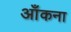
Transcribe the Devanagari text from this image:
आँकना